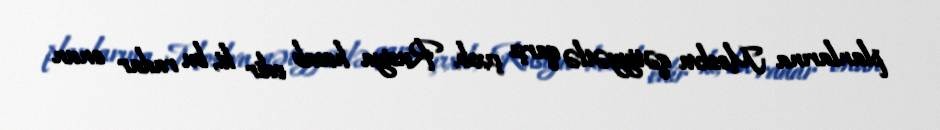
planlarına Moskva qətiyyətlə qarşı çıxıb, Rusiya hesab edir ki, bu radar onun